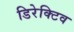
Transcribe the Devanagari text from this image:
डिरेक्टिव